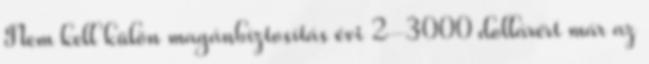
Nem kell külön magánbíztosítás évi 2-3000 dollárért már az